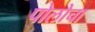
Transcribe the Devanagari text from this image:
पोलोचा